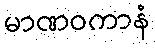
မာဏဝကာနံ